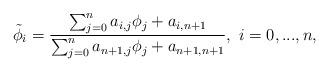
LaTeX: \begin{align*} \tilde{\phi}_i=\frac{\sum_{j=0}^na_{i,j}\phi_j+a_{i,n+1}}{\sum_{j=0}^na_{n+1,j}\phi_j+a_{n+1,n+1}},~i=0,...,n, \end{align*}